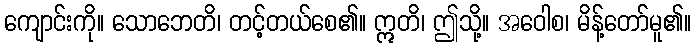
ကျောင်းကို။ သောဘေတိ၊ တင့်တယ်စေ၏။ ဣတိ၊ ဤသို့။ အဝေါစ၊ မိန့်တော်မူ၏။